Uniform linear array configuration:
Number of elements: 64
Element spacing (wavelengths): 0.25
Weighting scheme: exponential
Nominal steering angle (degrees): -30
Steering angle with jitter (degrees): -30.221
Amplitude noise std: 0.05
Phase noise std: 0.05

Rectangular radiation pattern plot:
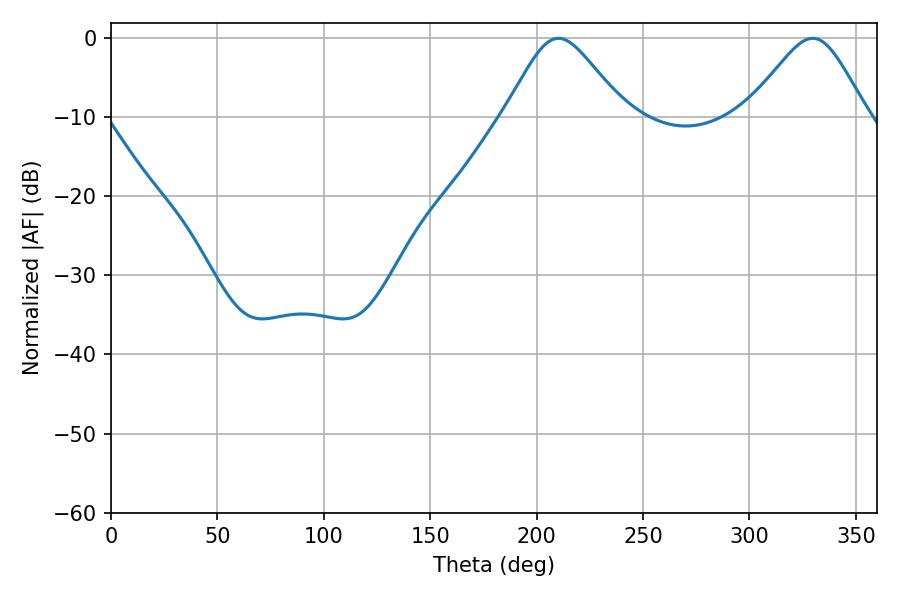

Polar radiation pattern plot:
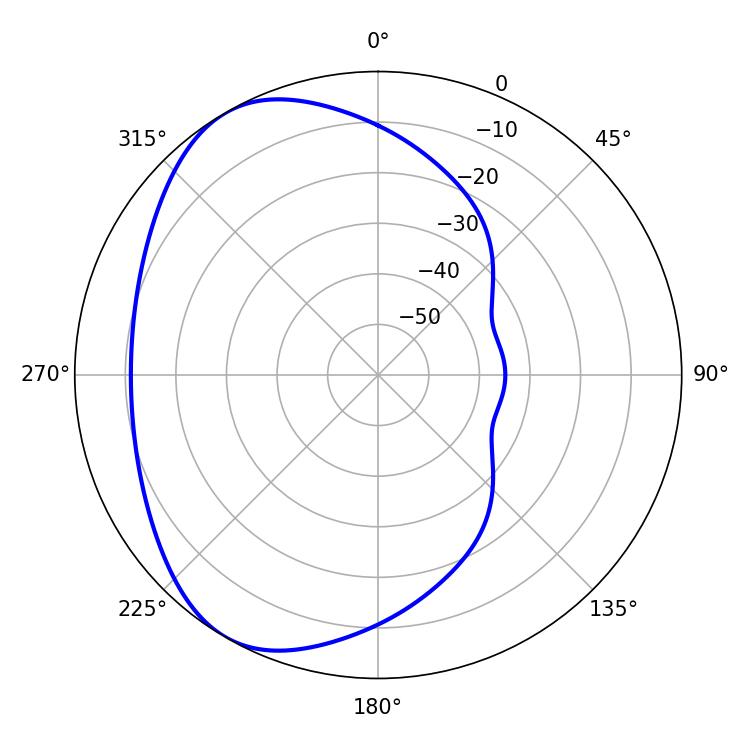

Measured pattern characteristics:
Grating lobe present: FALSE
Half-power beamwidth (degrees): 27.54
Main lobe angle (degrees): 210.24